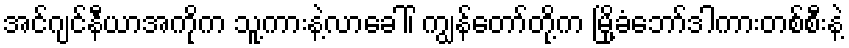
အင်ဂျင်နီယာအကိုက သူ့ကားနဲ့လာခေါ်၊ ကျွန်တော်တို့က မြို့ခံဘော်ဒါကားတစ်စီးနဲ့